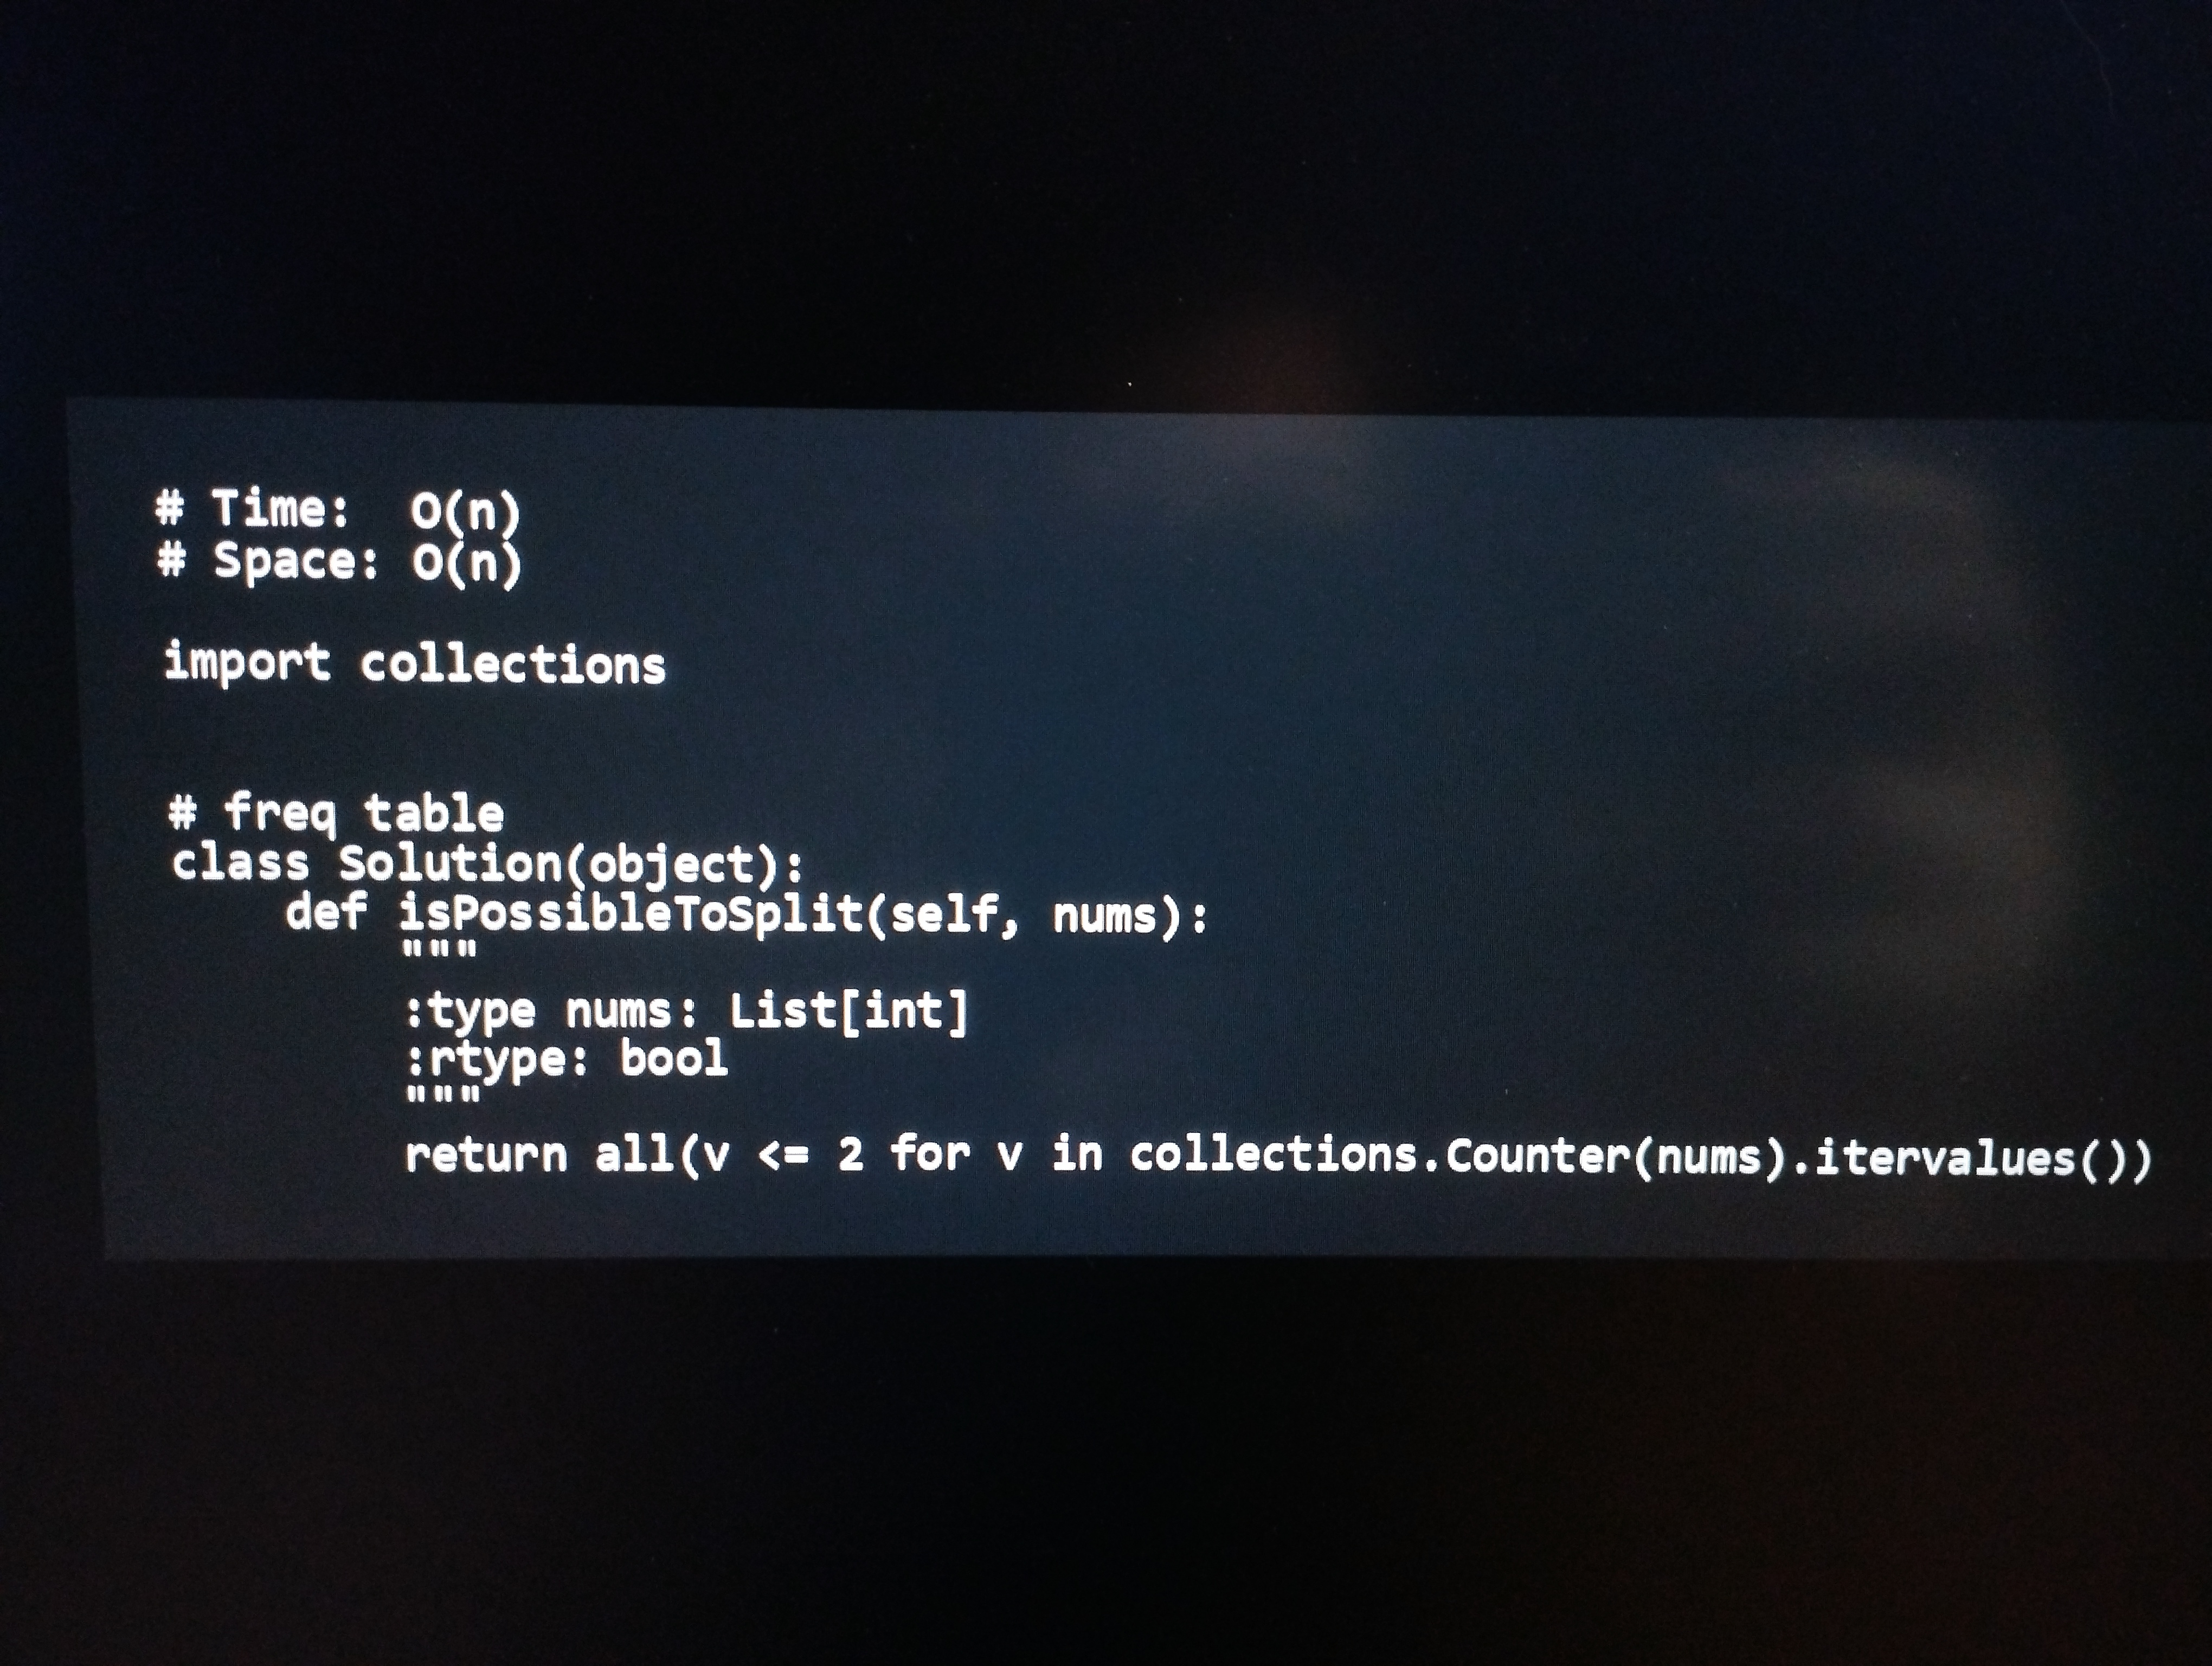
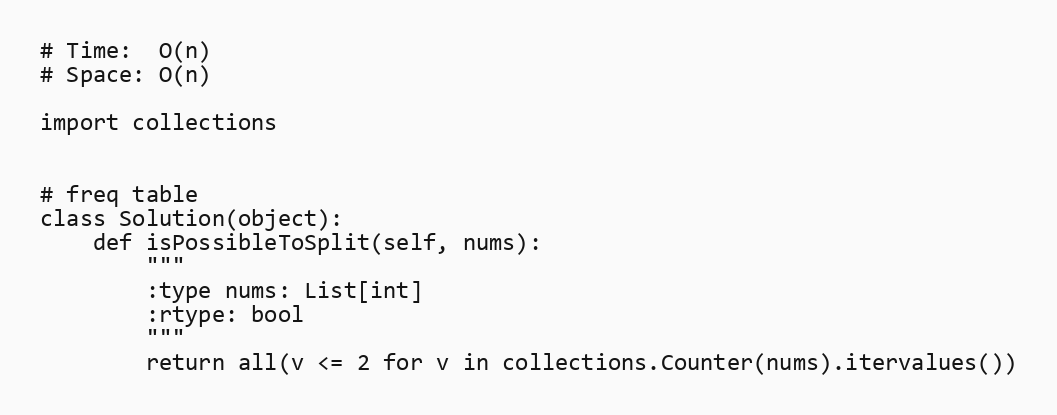
# Time:  O(n)
# Space: O(n)

import collections

# freq table
class Solution(object):
    def isPossibleToSplit(self, nums):
        """
        :type nums: List[int]
        :rtype: bool
        """
        return all(v <= 2 for v in collections.Counter(nums).itervalues())